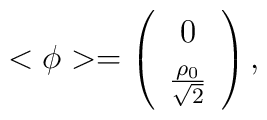
<{\phi}>=\left(\begin{array}{cl}0\\[1mm]\frac{\rho_0}{\sqrt{2}}\end{array}\right),